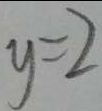
y = 2